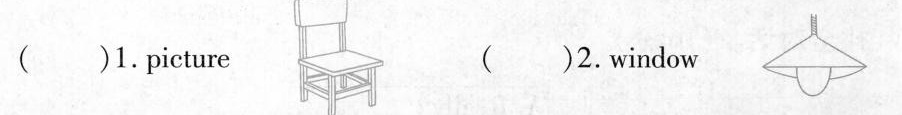
( )1.Picture ( )2.Window